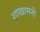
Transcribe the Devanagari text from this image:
शाखामनी